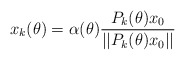
\begin{align*} x_k(\theta) = \alpha(\theta) \frac{P_k(\theta)x_0}{||P_k(\theta)x_0||}\end{align*}